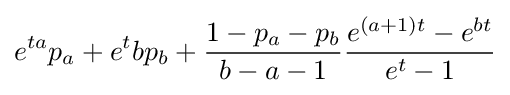
e^{ta}p_{a}+e^{t}bp_{b}+{\frac {1-p_{a}-p_{b}}{b-a-1}}{\frac {e^{(a+1)t}-e^{bt}}{e^{t}-1}}